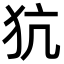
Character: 犺